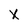
Character: X